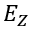
E _ { Z }